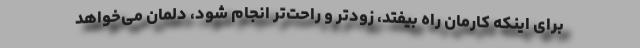
برای اینکه کارمان راه بیفتد، زودتر و راحت‌تر انجام شود، دلمان می‌خواهد